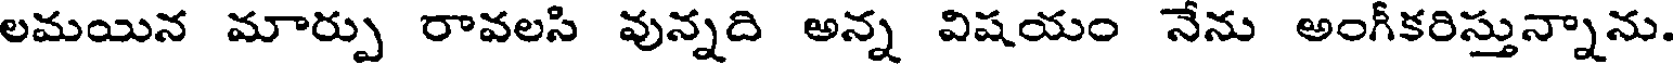
లమయిన మార్పు రావలసి వున్నది అన్న విషయం నేను అంగీకరిస్తున్నాను.